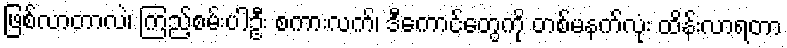
ဖြစ်လာတာလဲ၊ ကြည့်စမ်းပါဦး စကားလက်၊ ဒီကောင်တွေကို တစ်မနက်လုံး ထိန်းလာရတာ